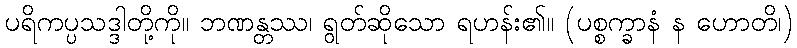
ပရိကပ္ပသဒ္ဒါတို့ကို။ ဘဏန္တဿ၊ ရွတ်ဆိုသော ရဟန်း၏။ (ပစ္စက္ခာနံ န ဟောတိ၊)